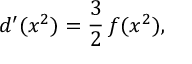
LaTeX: d ^ { \prime } ( x ^ { 2 } ) = { \frac { 3 } { 2 } } \, f ( x ^ { 2 } ) ,